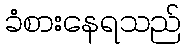
ခံစားနေရသည်